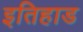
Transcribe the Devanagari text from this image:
इतिहाड